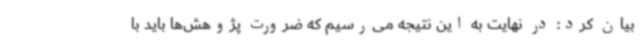
بیان کرد: در نهایت به این نتیجه می‌رسیم که ضرورت پژوهش‌ها باید با